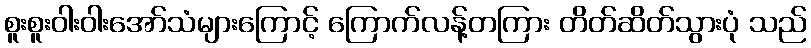
စူးစူးဝါးဝါးအော်သံများကြောင့် ကြောက်လန့်တကြား တိတ်ဆိတ်သွားပုံ သည်